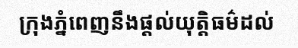
ក្រុងភ្នំពេញនឹងផ្តល់យុត្តិធម៌ដល់